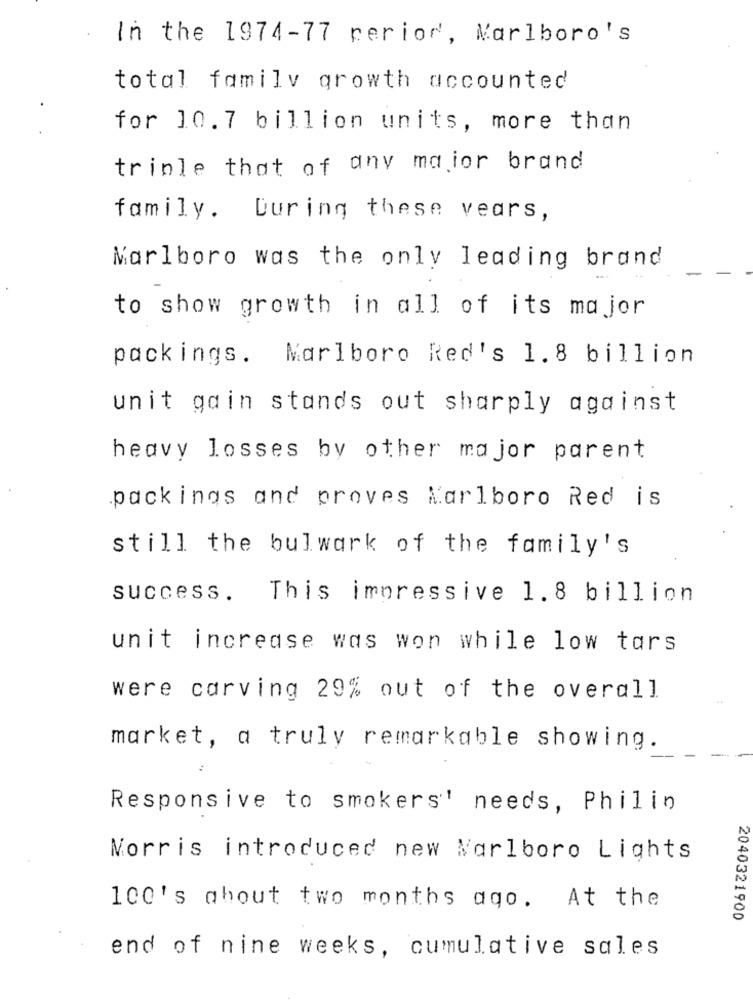
In the 1974-77 period, Marlboro's
total family growth accounted
for 10.7 billion units, more than
triple that of any maior brand
family. During these vears,
Marlboro was the only leading brand
to show growth in all of its major
packings. Marlboro Red's 1.8 billion
unit gain stands out sharply against
heavy losses by other major parent
packings and proves Marlboro Red is
still the bulwark of the family's
success.
This impressive 1.8 billion
unit increase was won while low tars
were carving 29% out of the overall
market, a truly remarkable showing.
Responsive to smokers' needs, Philin
Morris introduced new Marlboro Lights
100's about two months ago. At the
2040321900
end of nine weeks, cumulative sales